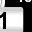
Digit: 1